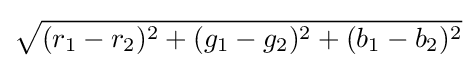
{\sqrt {(r_{1}-r_{2})^{2}+(g_{1}-g_{2})^{2}+(b_{1}-b_{2})^{2}}}